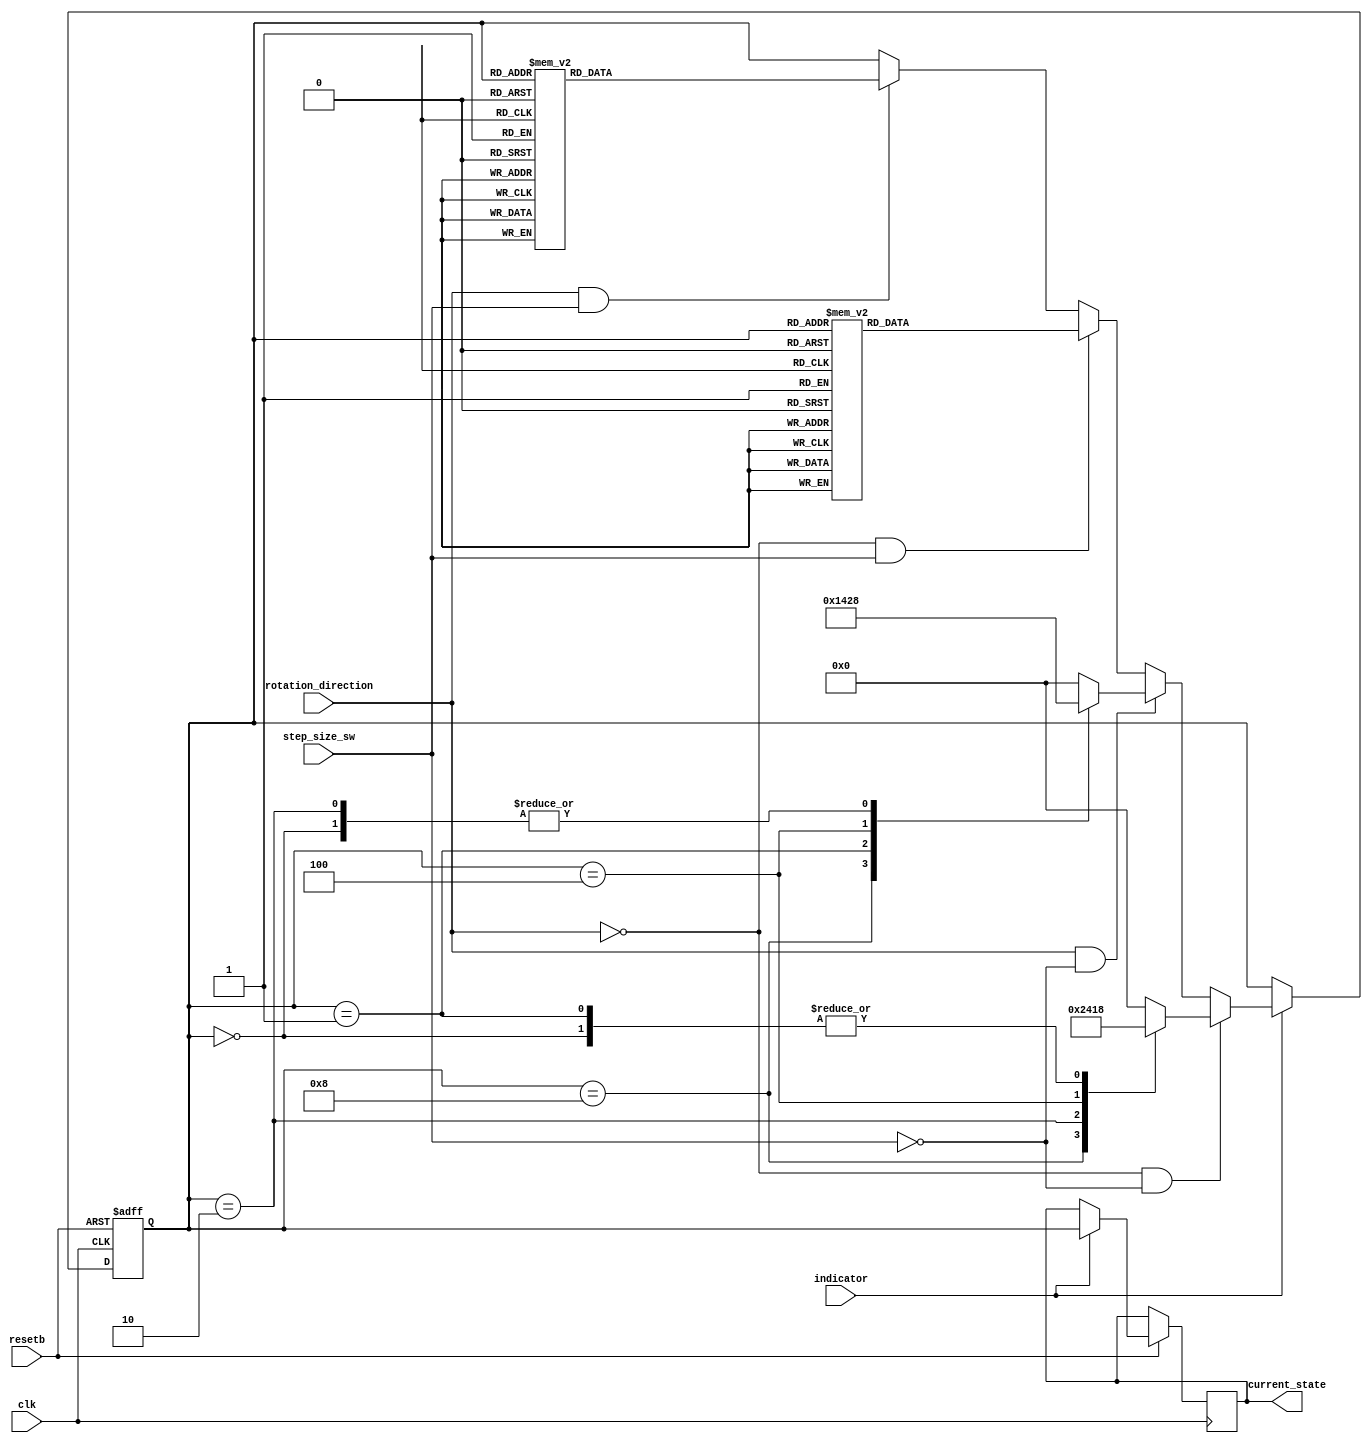
module motion_state_machine(clk,resetb,rotation_direction, step_size_sw, current_state, indicator);

	input wire resetb;              // key
	input wire clk;                 // clk
	
	input wire rotation_direction;  // key
	
	input wire step_size_sw;        // key
	
	input wire indicator; 

	output reg[3:0] current_state;
	
	reg [3:0]next_state;
	
				//rotation states
	parameter idle    = 4'b0000,
	 
			  fstep_1 = 4'b1000,
			  fstep_2 = 4'b0010,
			  fstep_3 = 4'b0100,
			  fstep_4 = 4'b0001,
			  
			  hstep_1 = 4'b1010,
			  hstep_2 = 4'b0110,
			  hstep_3 = 4'b0101,
			  hstep_4 = 4'b1001,
					
			  // Roatation directions			
			  clockwise = 1'b0,
			  counterclockwise = 1'b1,
			  
			  //step size
			  full_step = 1'b0,
			  half_step = 1'b1;
			
	
		// Rotation conditions, 
	always @(posedge clk or negedge resetb)
		  begin
				 if (~resetb)
					//if reset is pressed
						next_state = idle;
						
						
				 else if(indicator)
					begin
					
					current_state = next_state;
					//Full step clockwise direction 
					if(rotation_direction == clockwise && step_size_sw == full_step)
						
							case (current_state)
							idle:  
							        next_state <= fstep_1;
							fstep_1:   
									next_state <= fstep_2;
							fstep_2:   
									next_state <= fstep_3;
							fstep_3:
									next_state <= fstep_4;	
							fstep_4:
									next_state <= fstep_1;
							default :
									next_state <= idle;
							endcase
						
					//Full step counterclockwise direction 
					else if(rotation_direction == counterclockwise && step_size_sw == full_step)
						
							case (current_state)
							idle:  
							        next_state <= fstep_1;
							fstep_1:   
									next_state <= fstep_4;
							fstep_4:   
									next_state <= fstep_3;
							fstep_3:
									next_state <= fstep_2;	
							fstep_2:
									next_state <= fstep_1;
							default :
									next_state <= idle;
							endcase
						
					//halt step clockwise direction 
					else if(rotation_direction == clockwise && step_size_sw == half_step)
						
							case (current_state)
							idle:  
							        next_state <= fstep_1;
							fstep_1:   
									next_state <= hstep_1;
							hstep_1:   
									next_state <= fstep_2;
							fstep_2:
									next_state <= hstep_2;	
							hstep_2:
									next_state <= fstep_3;
							fstep_3:
									next_state <= hstep_3;	
							hstep_3:
									next_state <= fstep_4;
						   fstep_4:
									next_state <= hstep_4;	
							hstep_4:
									next_state <= fstep_1;
							default :
									next_state <= idle;
							endcase
							
					//halt step counterclockwise direction 
					else if(rotation_direction == counterclockwise && step_size_sw == half_step)
						
							case (current_state)
							idle:  
							        next_state <= fstep_1;
							fstep_1:   
									next_state <= hstep_4;
							hstep_4:   
									next_state <= fstep_4;
							fstep_4:
									next_state <= hstep_3;	
							hstep_3:
									next_state <= fstep_3;
							fstep_3:
									next_state <= hstep_2;	
							hstep_2:
									next_state <= fstep_2;
						   fstep_2:
									next_state <= hstep_1;	
							hstep_1:
									next_state <= fstep_1;
							default :
									next_state <= idle;
							endcase
			
					end
				else
					current_state = current_state; // enable to the motor to finnish step
				end
		  //end cases

endmodule